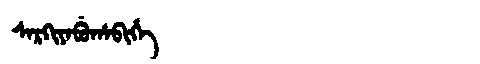
Manchu: ᠰᠠᡵᡴᡳᠶᠠᠪᡠᡥᠠᠪᡳᡥᡝ
Romanization: SARKIYABUHABIHE